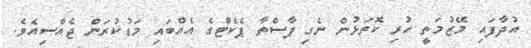
އުދާފައި މޭޒުމަތީ ހުރި ކޮތަޅުން ނެގި ޕާސްތާ ޕެކެޓްގެ އެއްބައި މަޑުކުރަން ޖެއްސިއެވެ.